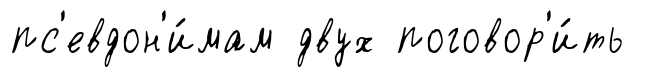
пс'евдон'и́мам двух поговор'и́ть